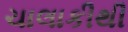
ચાલાકીથી